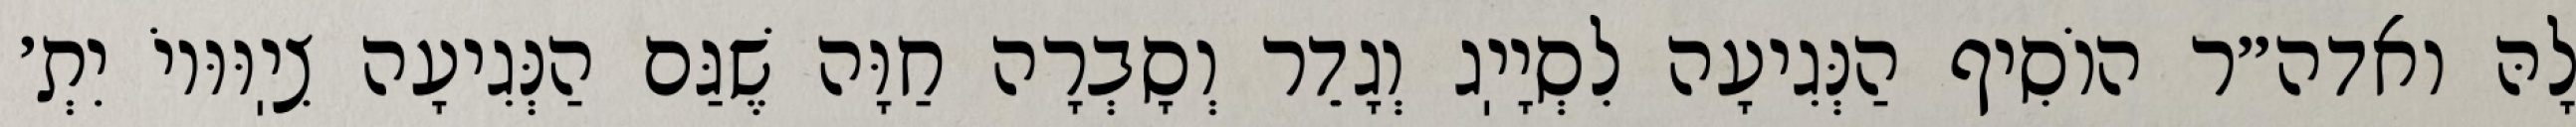
לָהּ ואדה״ר הוֹסִיף הַנְּגִיעָה לִסְיָיֽג וְגָדֵר וְסָבְרָה חַוָּה שֶׁגַּם הַנְּגִיעָה צִיֽוּוּיוֹ יִתְ׳